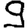
Digit: 9